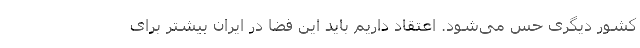
کشور دیگری حس می‌شود. اعتقاد داریم باید این فضا در ایران بیشتر برای